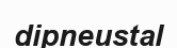
dipneustal